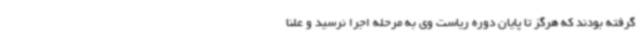
گرفته بودند که هرگز تا پایان دوره ریاست وی به مرحله اجرا نرسید و علنا